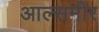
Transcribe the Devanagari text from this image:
आल्समीर